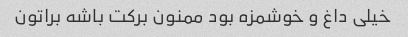
خیلی داغ و خوشمزه بود ممنون برکت باشه براتون